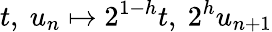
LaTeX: t,\ u_{n}\mapsto 2^{1-h}t,\ 2^{h}u_{n+1}